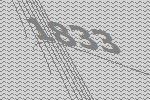
1833